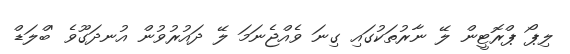
ލިޕޯ ޕްރޮޓީން ލޭ ނާރުތަކުގައި ގިނަ ވެއްޖެނަމަ ލޭ ދައުރުވުން އުނދަގޫވެ 'ބްލަޑް